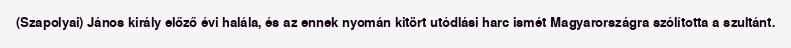
(Szapolyai) János király előző évi halála, és az ennek nyomán kitört utódlási harc ismét Magyarországra szólította a szultánt.